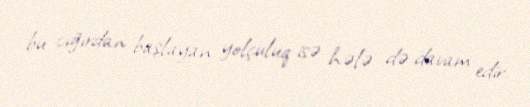
bu cığırdan başlayan yolçuluq isə hələ də davam edir.